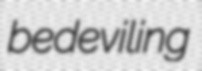
bedeviling